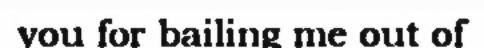
you for bailing me out of